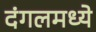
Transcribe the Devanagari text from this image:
दंगलमध्ये